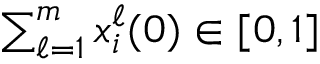
\textstyle \sum _ { \ell = 1 } ^ { m } x _ { i } ^ { \ell } ( 0 ) \in [ 0 , 1 ]